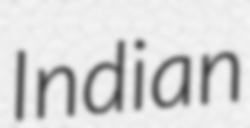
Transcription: Indian